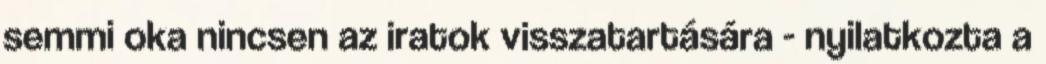
semmi oka nincsen az iratok visszatartására - nyilatkozta a